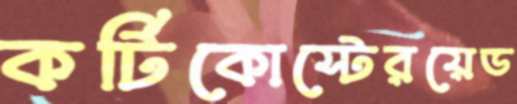
কর্টিকোস্টেরয়েড